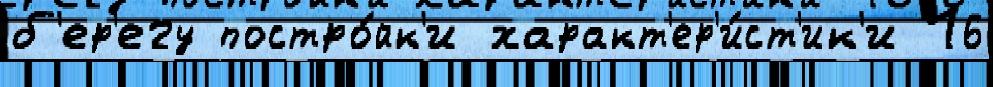
б'ер'егу постро́йк'и характ'ер'и́ст'ик'и 16